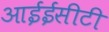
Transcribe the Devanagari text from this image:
आईईसीटी